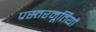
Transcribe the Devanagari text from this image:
प्रस्तरमूर्तियों